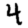
Digit: 4